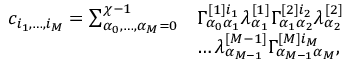
\begin{array} { r l } { c _ { i _ { 1 } , \dots , i _ { M } } = \sum _ { \alpha _ { 0 } , \dots , \alpha _ { M } = 0 } ^ { \chi - 1 } } & { \Gamma _ { \alpha _ { 0 } \alpha _ { 1 } } ^ { [ 1 ] i _ { 1 } } \lambda _ { \alpha _ { 1 } } ^ { [ 1 ] } \Gamma _ { \alpha _ { 1 } \alpha _ { 2 } } ^ { [ 2 ] i _ { 2 } } \lambda _ { \alpha _ { 2 } } ^ { [ 2 ] } } \\ & { \dots \lambda _ { \alpha _ { M - 1 } } ^ { [ M - 1 ] } \Gamma _ { \alpha _ { M - 1 } \alpha _ { M } } ^ { [ M ] i _ { M } } , } \end{array}